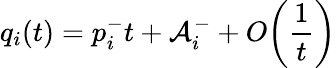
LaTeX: q_{i}(t)=p_{i}^{-}t+\mathcal{A}_{i}^{-}+O\biggl(\frac{{1}}{{t}}\biggr)